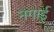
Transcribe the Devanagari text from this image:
नगाई